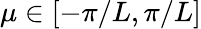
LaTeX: \mu\in[-\pi/L,\pi/L]